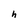
Character: h